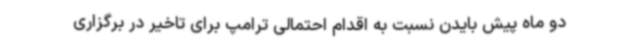
دو ماه پیش بایدن نسبت به اقدام احتمالی ترامپ برای تاخیر در برگزاری